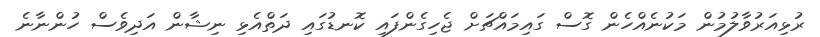
ރުޅިއަރުވާލުމުން މަކުނެއްހެން ގޮސް ގައިމައްޗަށް ޖެހިގެންފައި ކޮނޑުގައި ދަތްއެޅި ނިޝާން އަދިވެސް ހުންނާނެ